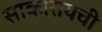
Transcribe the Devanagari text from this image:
साकारायची